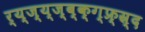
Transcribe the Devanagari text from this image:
र्य्ज्य्ज्ब्क्ग्फ्र्स्र्द